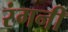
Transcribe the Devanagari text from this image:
रंगनी